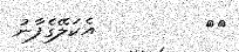
٥٤         އެކަލޭގެފާނު